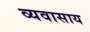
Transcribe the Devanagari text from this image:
व्यवासाय